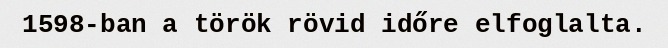
1598-ban a török rövid időre elfoglalta.